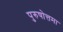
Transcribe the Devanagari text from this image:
पुरुषोत्तमा